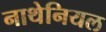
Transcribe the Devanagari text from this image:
नाथेनियल